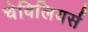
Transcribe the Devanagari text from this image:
चेविलियर्स